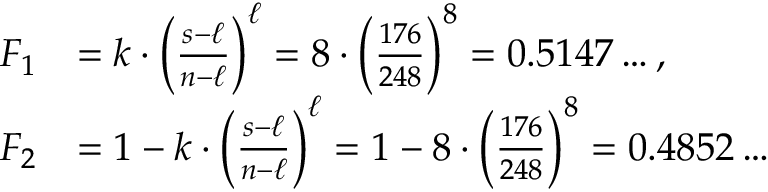
\begin{array} { r l } { F _ { 1 } } & { = k \cdot \left( \frac { s - \ell } { n - \ell } \right) ^ { \ell } = 8 \cdot \left( \frac { 1 7 6 } { 2 4 8 } \right) ^ { 8 } = 0 . 5 1 4 7 \ldots , } \\ { F _ { 2 } } & { = 1 - k \cdot \left( \frac { s - \ell } { n - \ell } \right) ^ { \ell } = 1 - 8 \cdot \left( \frac { 1 7 6 } { 2 4 8 } \right) ^ { 8 } = 0 . 4 8 5 2 \ldots } \end{array}